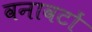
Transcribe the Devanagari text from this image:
वनावटों